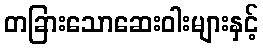
တခြားသောဆေးဝါးများနှင့်